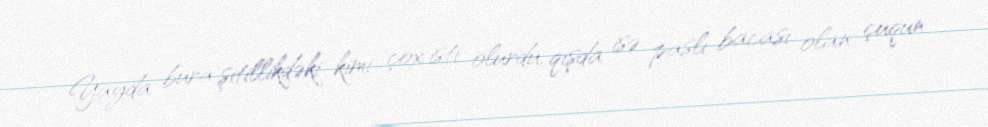
Yayda bura şitillikdəki kimi çox isti olurdu, qışda isə paslı bacası olan çuqun